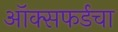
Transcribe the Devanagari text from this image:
ऑक्सफर्डचा